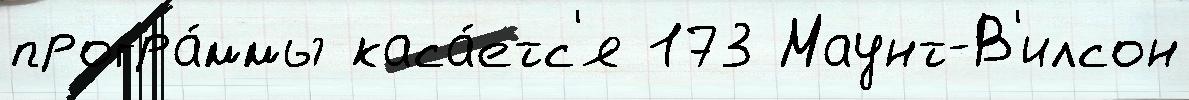
програ́ммы каса́етс'я 173 Маунт-В'илсон